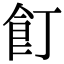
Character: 飣